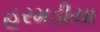
હરમડીયા